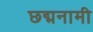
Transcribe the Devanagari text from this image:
छद्मनामी